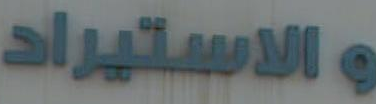
والاستيراد